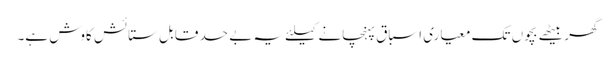
گھر بیٹھے بچوں تک معیاری اسباق پہنچانے کیلئے یہ بے حد قابل ستائش کاوش ہے۔